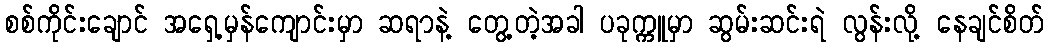
စစ်ကိုင်းချောင် အရှေ့မှန်ကျောင်းမှာ ဆရာနဲ့ တွေ့တဲ့အခါ ပခုက္ကူမှာ ဆွမ်းဆင်းရဲ လွန်းလို့ နေချင်စိတ်